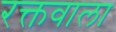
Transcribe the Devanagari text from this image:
रक्तवाला